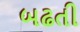
બઢતી